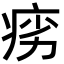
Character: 𬏩